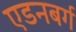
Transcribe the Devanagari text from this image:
एडनबर्ग